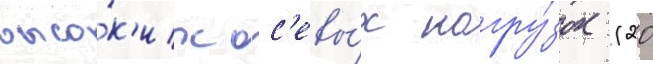
высо́к'их ос'евы́х нагру́зок (20